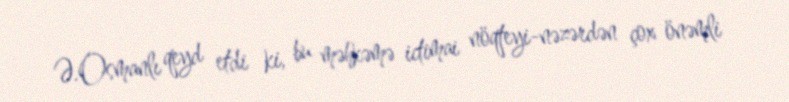
Ə.Osmanlı qeyd etdi ki, bu məhkəmə ictimai nöqteyi-nəzərdən çox önəmli